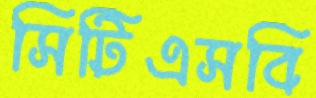
সিটিএসবি